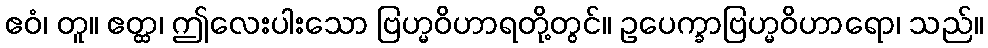
ဧဝံ၊ တူ။ ဧတ္ထ၊ ဤလေးပါးသော ဗြဟ္မဝိဟာရတို့တွင်။ ဥပေက္ခာဗြဟ္မဝိဟာရော၊ သည်။